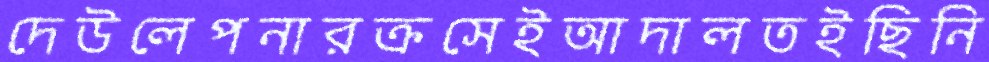
দেউলেপনারক্রসেইআদালতইছিনি